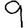
Digit: 9